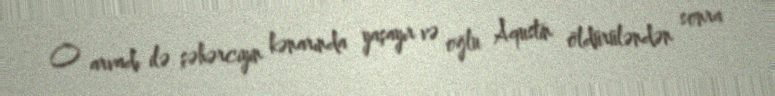
O arvadı ilə şəhərciyin kənarında yaşayır və oğlu Aqustin öldürüləndən sonra